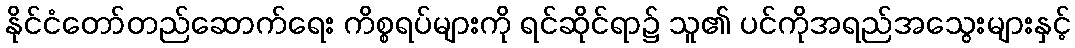
နိုင်ငံတော်တည်ဆောက်ရေး ကိစ္စရပ်များကို ရင်ဆိုင်ရာ၌ သူ၏ ပင်ကိုအရည်အသွေးများနှင့်